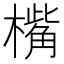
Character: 𣚀